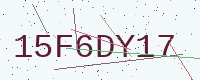
Text: 15F6DY17